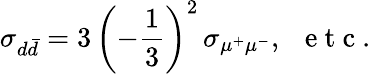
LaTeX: \sigma_{d\bar{d}}=3\, \left(-{\frac{1}{3}}\right)^{2}\, \sigma_{\mu^{+}\mu^{-}},\mathrm{~\ \mathit~e~t~c~.~}